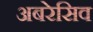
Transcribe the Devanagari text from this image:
अबरेसिव